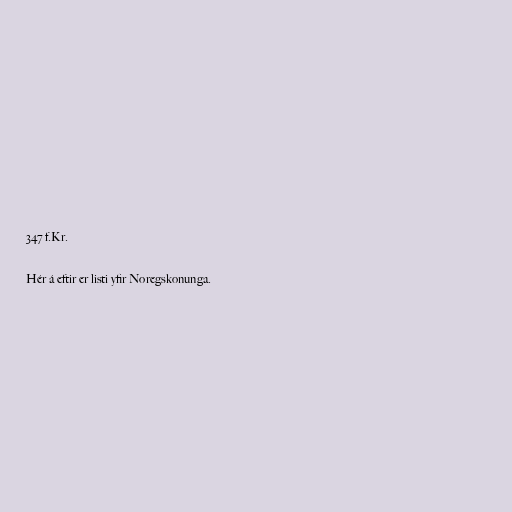
347 f.Kr.

Hér á eftir er listi yfir Noregskonunga.